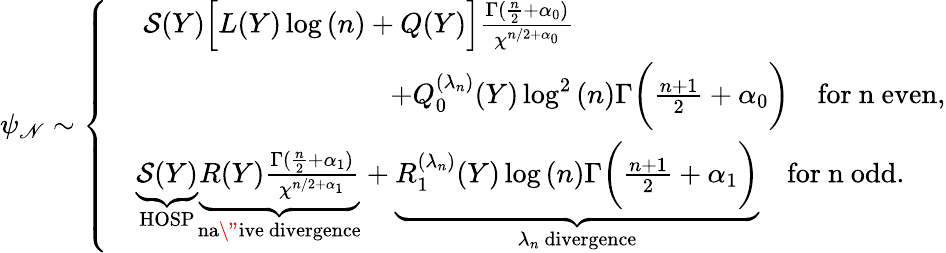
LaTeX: \psi_{\mathscr{N}}\sim\left\{ \begin{array}{rl}&{~\mathcal{S}(Y)\Big[L(Y)\log{(n)}+Q(Y)\Big]\frac{\Gamma(\frac{n}{2}+\alpha_{0})}{\chi^{n/2+\alpha_{0}}}\qquad}\\ &{\qquad\qquad\qquad\qquad\quad+Q_{0}^{(\lambda_{n})}(Y)\log^{2}{(n)}\Gamma\bigg(\frac{n+1}{2}+\alpha_{0}\bigg)\quad\mathrm{for~n~even},}\\ &{\underbrace{\mathcal{S}(Y)}_{\mathrm{HOSP}}\underbrace{R(Y)\frac{\Gamma(\frac{n}{2}+\alpha_{1})}{\chi^{n/2+\alpha_{1}}}}_{\mathrm{na\" ive~divergence}}+\underbrace{R_{1}^{(\lambda_{n})}(Y)\log{(n)}\Gamma\bigg(\frac{n+1}{2}+\alpha_{1}\bigg)}_{{\lambda_{n}\mathrm{~divergence}}}\quad\mathrm{for~n~odd}.}\end{array}\right.